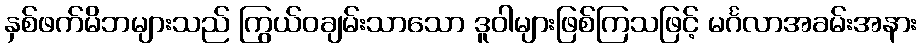
နှစ်ဖက်မိဘများသည် ကြွယ်ဝချမ်းသာသော ဒူဝါများဖြစ်ကြသဖြင့် မင်္ဂလာအခမ်းအနား